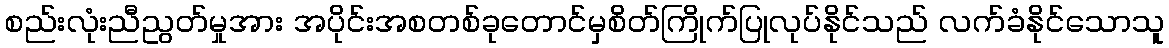
စည်းလုံးညီညွတ်မှုအား အပိုင်းအစတစ်ခုတောင်မှစိတ်ကြိုက်ပြုလုပ်နိုင်သည် လက်ခံနိုင်သောသူ